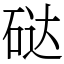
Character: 鿎